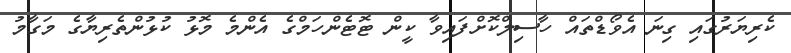
ކެރިޔަރުގައި ގިނަ އެވޯޑްތައް ހާސިލްކޮށްފައިވާ ކީން ޓޮޓެންހަމްގެ އެންމެ މޮޅު ކުޅުންތެރިޔާގެ މަގާމު